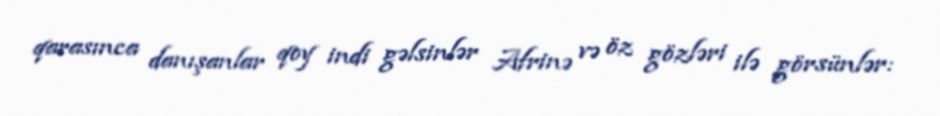
qarasınca danışanlar qoy indi gəlsinlər Afrinə və öz gözləri ilə görsünlər: